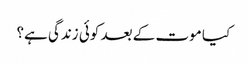
﻿ کیا موت کے بعد کوئی زندگی ہے؟